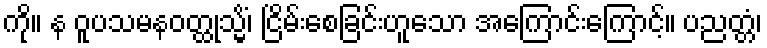
ကို။ န ဝူပသမနဝတ္ထုသ္မိံ၊ ငြိမ်းစေခြင်းဟူသော အကြောင်းကြောင့်။ ပညတ္တံ၊